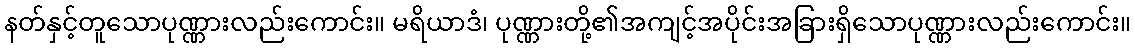
နတ်နှင့်တူသောပုဏ္ဏားလည်းကောင်း။ မရိယာဒံ၊ ပုဏ္ဏားတို့၏အကျင့်အပိုင်းအခြားရှိသောပုဏ္ဏားလည်းကောင်း။